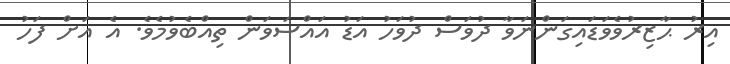
އިރު ޙާޒިރުވެވަޑައިގަންނަވާ ދުވަސް ދުވަހު އަޑު އައްސަވަން ތިއްބެވުމެވެ. އެ އަށް ފަހު